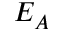
E _ { A }